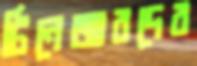
টিনেজারদের